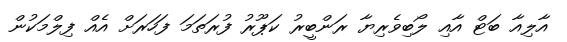
އާލިއާ ބަޓް އާއި ލޯބިވެރިޔާ ރަންބީރު ކަޕޫރު ފުރަތަމަ ފަހަރަށް އެއް ފިލްމަކުން